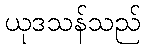
ယုဒသန်သည်